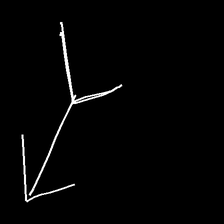
Glyph: gather